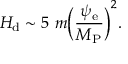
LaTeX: H _ { \mathrm { d } } \sim 5 ~ m \biggl ( \frac { \psi _ { \mathrm { e } } } { M _ { \mathrm { P } } } \biggr ) ^ { 2 } .